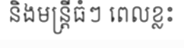
និងមន្ត្រីធំៗ ពេលខ្លះ